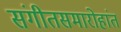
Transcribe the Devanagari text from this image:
संगीतसमारोहांत